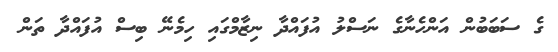
ގެ ސަބަބުން އަންހެނާގެ ނަސްލު އުފައްދާ ނިޒާމްގައި ހިމެނޭ ބިސް އުފައްދާ ތަން